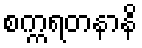
စက္ကရတနာနိ